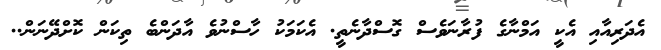
އެދަރިއާއި އެކީ އަމްނާގެ ފުރާނަވެސް ގޮސްދާނެތީ. އެކަމަކު ހާސްނުވެ އާދަންބެ ތިކަން ކޮށްދޭނަން..